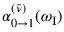
\alpha _ { 0 \to 1 } ^ { ( \bar { \nu } ) } ( \omega _ { \mathrm { I } } )